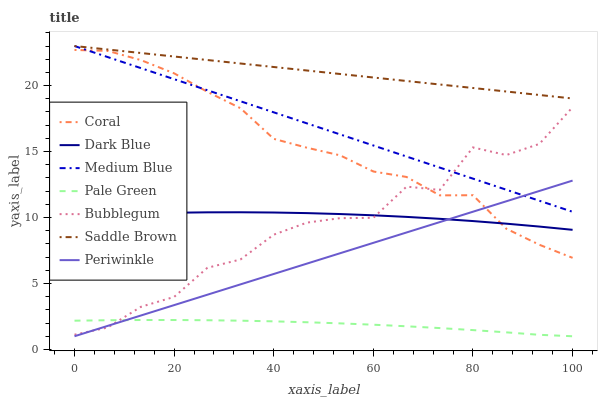
| xaxis_label | Coral | Dark Blue | Medium Blue | Pale Green | Bubblegum | Saddle Brown | Periwinkle |
 | --- | --- | --- | --- | --- | --- | --- | --- |
 | 0 | 22.7 | 10.1 | 23 | 2.18 | 1.12 | 23 | 1 |
 | 6.67 | 22.6 | 10.2 | 22.2 | 2.21 | 1.66 | 22.7 | 1.79 |
 | 13.3 | 21.9 | 10.3 | 21.3 | 2.23 | 3.23 | 22.5 | 2.57 |
 | 20 | 20.9 | 10.4 | 20.5 | 2.23 | 3.98 | 22.2 | 3.36 |
 | 26.7 | 19.5 | 10.4 | 19.6 | 2.21 | 6.19 | 21.9 | 4.15 |
 | 33.3 | 18.3 | 10.4 | 18.8 | 2.18 | 6.82 | 21.7 | 4.93 |
 | 40 | 16 | 10.4 | 18 | 2.13 | 8.7 | 21.4 | 5.72 |
 | 46.7 | 15.3 | 10.3 | 17.1 | 2.06 | 9.61 | 21.1 | 6.51 |
 | 53.3 | 14.7 | 10.3 | 16.3 | 1.98 | 9.95 | 20.9 | 7.29 |
 | 60 | 13.5 | 10.2 | 15.5 | 1.87 | 9.98 | 20.6 | 8.08 |
 | 66.7 | 13.1 | 10 | 14.6 | 1.76 | 12.3 | 20.3 | 8.87 |
 | 73.3 | 11.7 | 9.9 | 13.8 | 1.62 | 12.1 | 20.1 | 9.65 |
 | 80 | 11.7 | 9.73 | 12.9 | 1.47 | 15.3 | 19.8 | 10.4 |
 | 86.7 | 9.16 | 9.53 | 12.1 | 1.3 | 14.7 | 19.6 | 11.2 |
 | 93.3 | 7.93 | 9.31 | 11.3 | 1.11 | 15.6 | 19.3 | 12 |
 | 100 | 6.94 | 9.07 | 10.4 | 1 | 18.4 | 19 | 12.8 |